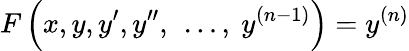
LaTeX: F\left(x,y,y^{\prime},y^{\prime\prime},\ \ldots,\ y^{(n-1)}\right)=y^{(n)}